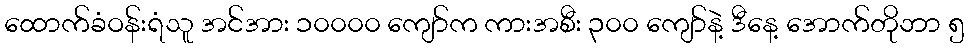
ထောက်ခံဝန်းရံသူ အင်အား ၁၀၀၀၀ ကျော်က ကားအစီး ၃၀၀ ကျော်နဲ့ ဒီနေ့ အောက်တိုဘာ ၅